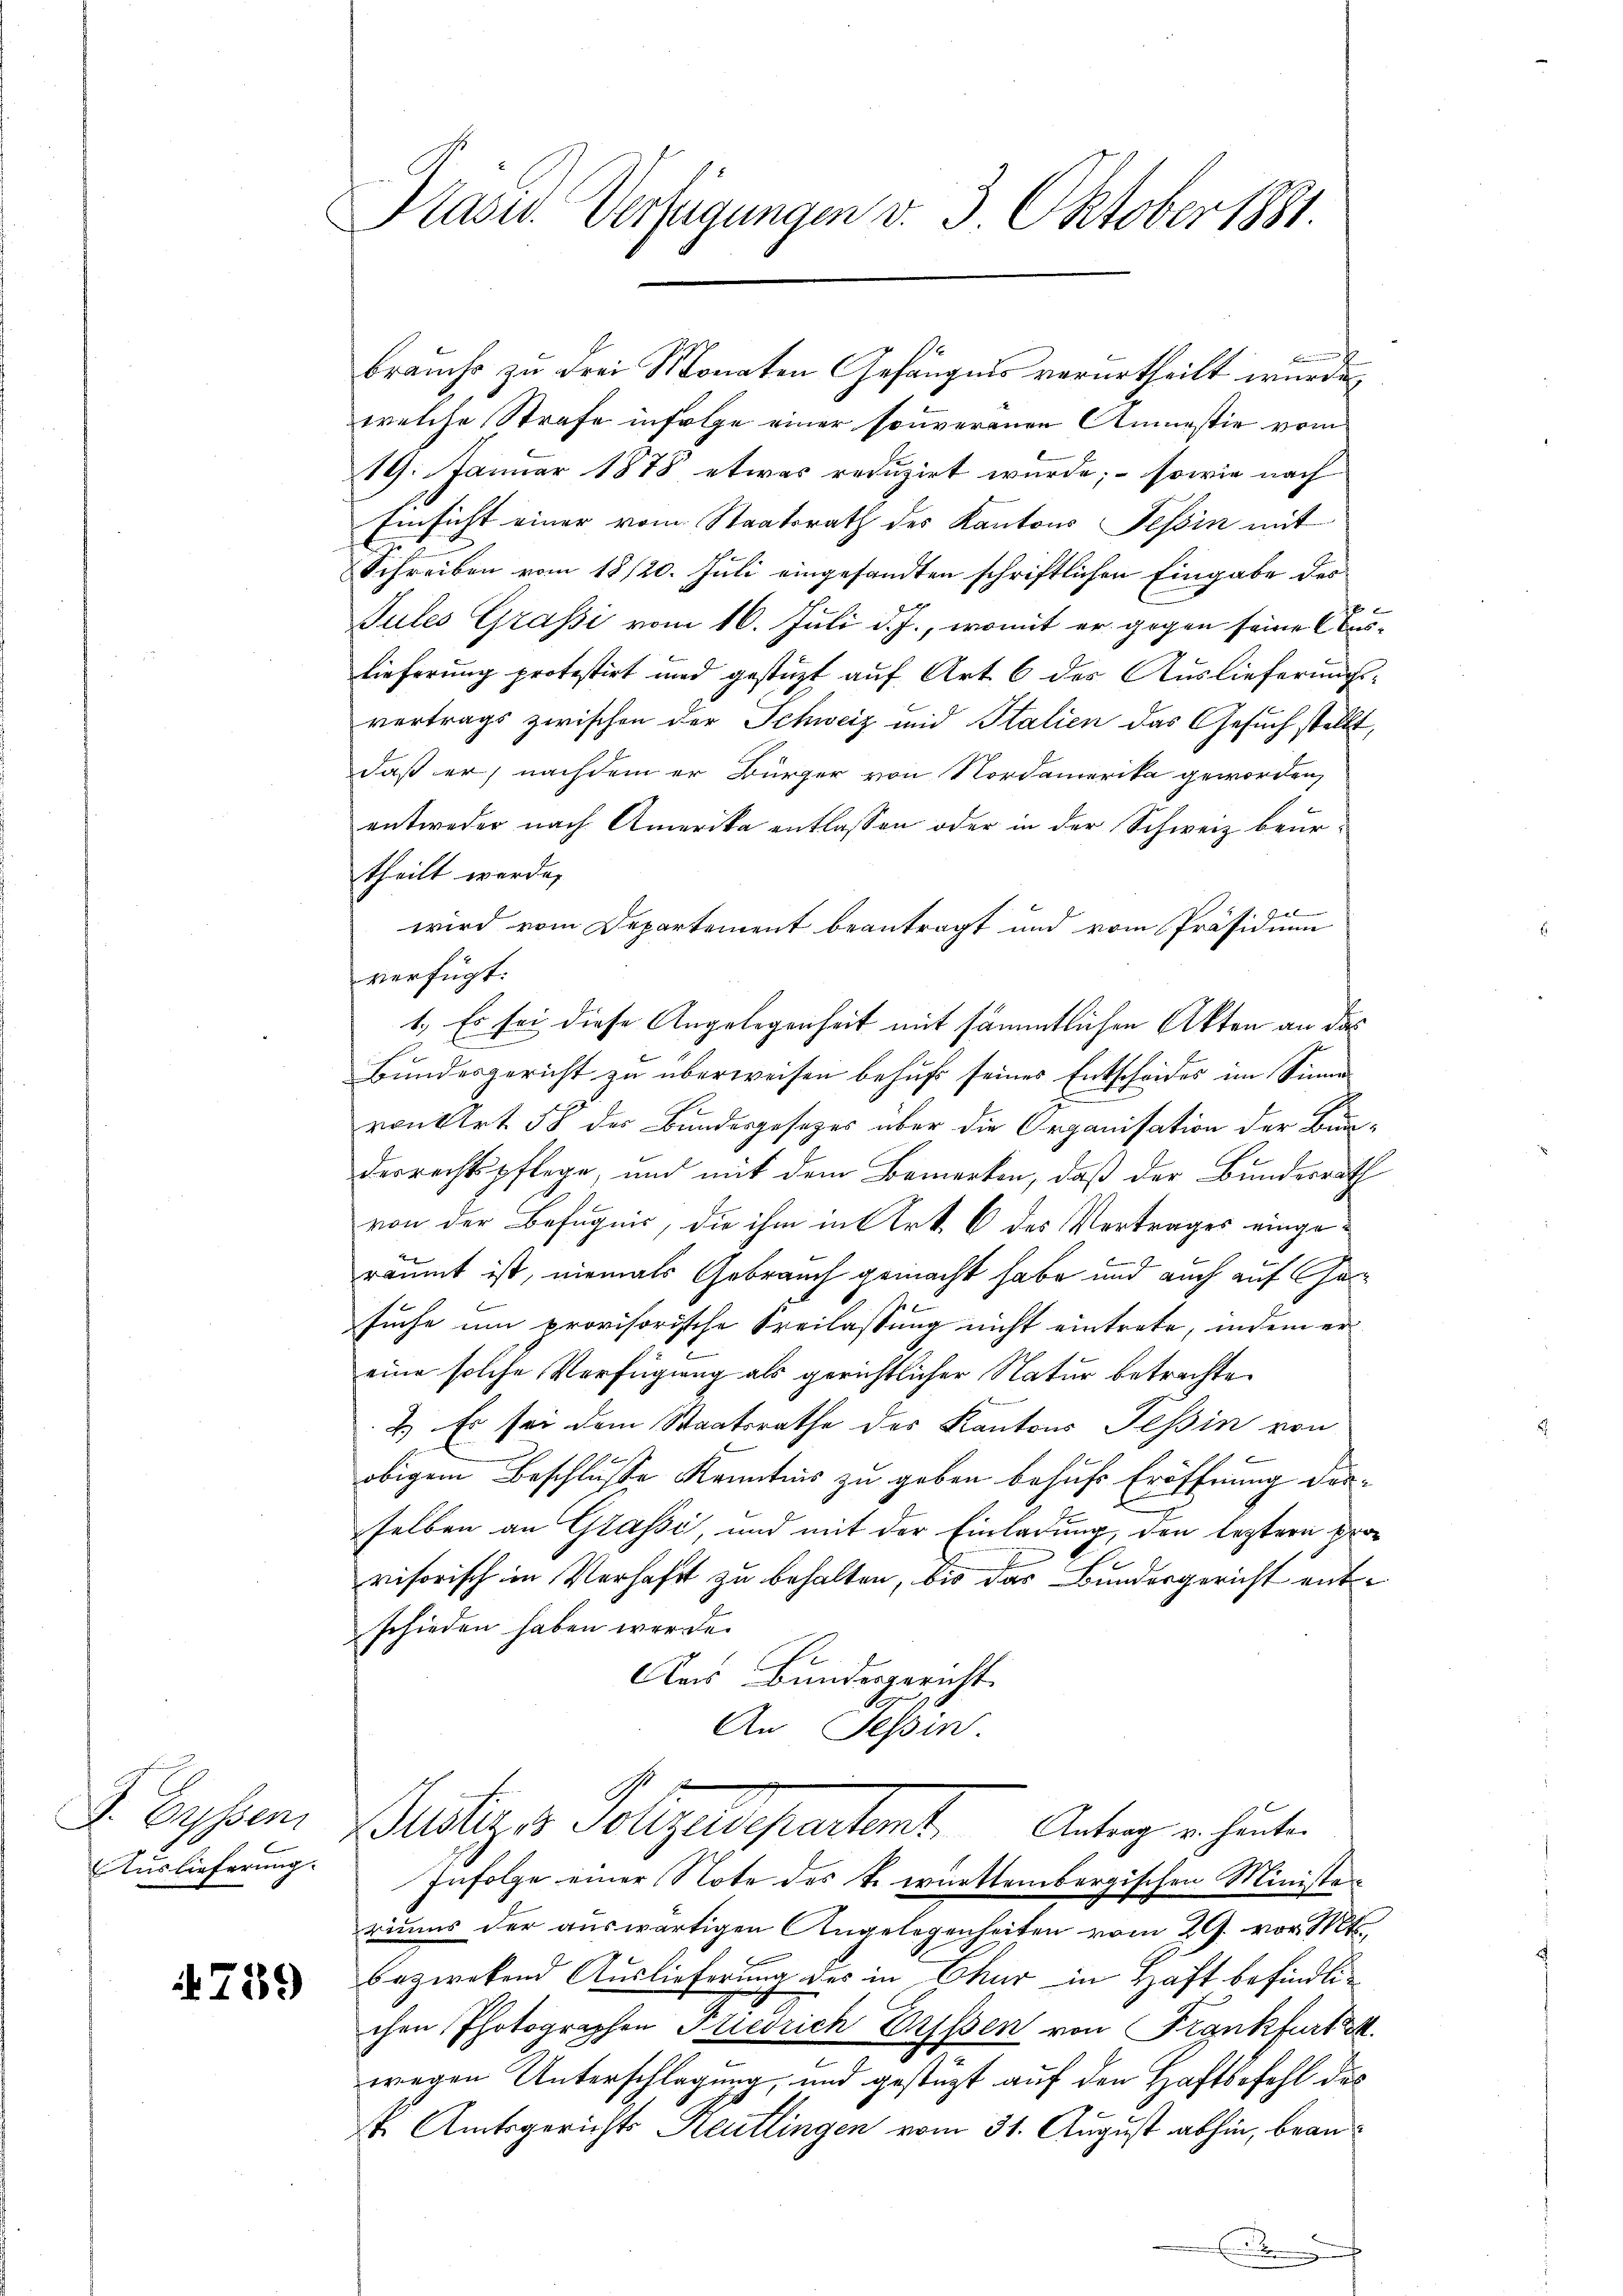
J. Gyssen
Auslieferung.

759

Kasw. Verfügungen v. 3. Oktober 1881.

brauche zu drei Monaten Gefängnis verurtheilt wurde.
welche Strafe infolge einer souveranen Anmestie vom
19. Januar 1878 etwas reduzirt wurde; – sowie nach
Einsicht einer vom Staatsrath des Kantons Tessin mit
Schreiben vom 18/20. Juli eingesandten schriftlichen Eingabe der
E
Jules Grasi vom 16. Juli d. J., womit er gegen seine Auslieferung protestirt und gestützt auf Art. 6 des Auslieferungsvertrags zwischen der Schweiz und Italien das Gesuch stellt,
daß er, nachdem er Bürger von Nordamerika geworden,
entweder nach Amerika entlassen oder in der Schweiz beurtheilt werde,
wird vom Departement beantragt und vom Präsidium
verfügt:
1.) Es sei diese Angelegenheit mit sämmtlichen Akten an das
Bundesgericht zu überweisen behuf seines Entscheides im Sinne
von Art. 58 der Bundesgesetzes über die Organisation der Bunderrechtspflege und mit dem Bemerken, daß der Bundesrath
von der Befugnis, die ihm in Art. 6 des Vertrages eingeräumt ist, niemals Gebrauch gemacht habe und auch auf Ges
suche um provisorische Freilassung nicht eintrete, indem er
eine solche Verfügung als gerichtlicher Natur betrachte
2.) Es sei dem Staatsrathe des Kantons Tessin von
obigem Beschluße Kenntnis zu geben behufe Eröffnung derselben an Grassi, und mit der Einladung, den leztern Provisorisch in Verhaft zu behalten, bis das Bundesgericht entschieden haben werde.
Aas Bundesgericht
An Tessin
Sistiges Polizeidepartent. Antrag er heute
Infolge einer Note des k. württembergischen Ministeriums der auswärtigen Angelegenheiten vom 29. vor. Mts.
vonein
E
bezwekend Auslieferung des in Chur in Haft befindlichen Photographen Friedrich rissen von Frankfurt
wegen Unterschlagung, und gestüzt auf den Haftspfehl des
st. Amtsgerichts Reutlingen vom 31. August abhin, bean¬

n